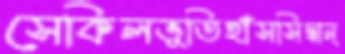
সেকিলভূতিহাঁসসিদ্ধান্